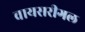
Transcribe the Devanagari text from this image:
वायसरीगल